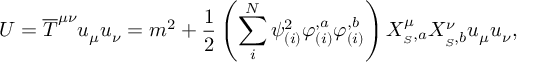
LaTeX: U = \overline { { T } } ^ { \mu \nu } u _ { \mu } u _ { \nu } = m ^ { 2 } + { \frac { 1 } { 2 } } \left( \sum _ { i } ^ { N } \psi _ { ( i ) } ^ { 2 } \varphi _ { ( i ) } ^ { , a } \varphi _ { ( i ) } ^ { , b } \right) X _ { _ { S } , a } ^ { \mu } X _ { _ { S } , b } ^ { \nu } u _ { \mu } u _ { \nu } ,